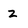
Character: z